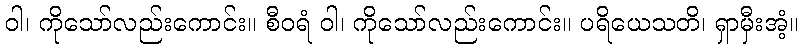
ဝါ၊ ကိုသော်လည်းကောင်း။ စီဝရံ ဝါ၊ ကိုသော်လည်းကောင်း။ ပရိယေသတိ၊ ရှာမှီးအံ့။